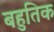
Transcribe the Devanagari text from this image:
बहुतिक